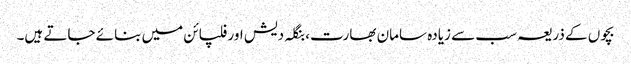
بچوں کے ذریعہ سب سے زیادہ سامان بھارت، بنگلہ دیش اور فلپائن میں بنائے جاتے ہیں۔